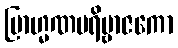
ဗြာဟ္မဏပရိဗ္ဗာဇကော